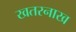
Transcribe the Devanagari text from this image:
खतरनाख